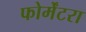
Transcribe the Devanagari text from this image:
फोर्मेंटरा